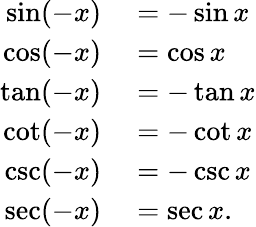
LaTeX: \begin{array}{rl}{\sin(-x)}&{{}=-\sin x}\\ {\cos(-x)}&{{}=\cos x}\\ {\tan(-x)}&{{}=-\tan x}\\ {\cot(-x)}&{{}=-\cot x}\\ {\csc(-x)}&{{}=-\csc x}\\ {\sec(-x)}&{{}=\sec x.}\end{array}